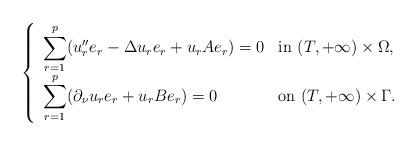
LaTeX: \begin{align*}\left\lbrace\begin{array}{lll}\displaystyle \sum_{r=1}^p (u''_re_r- \Delta u_re_r + u_rAe_r)=0 & \hbox{in } (T,+\infty) \times \Omega,\\\displaystyle \sum_{r=1}^p (\partial_\nu u_re_r + u_rBe_r) =0 & \hbox{on } (T,+\infty) \times \Gamma.\end{array}\right.\end{align*}